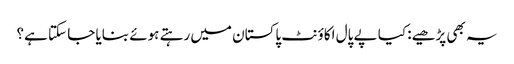
یہ بھی پڑھیے: کیا پے پال اکاؤنٹ پاکستان میں رہتے ہوئے بنایا جا سکتا ہے؟